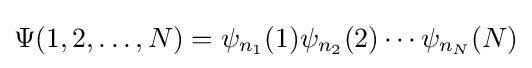
\Psi (1,2,\ldots ,N)=\psi _{n_{1}}(1)\psi _{n_{2}}(2)\cdots \psi _{n_{N}}(N)